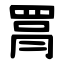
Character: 罥